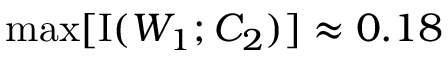
\operatorname* { m a x } [ \operatorname { I } ( W _ { 1 } ; C _ { 2 } ) ] \approx 0 . 1 8